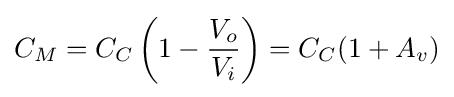
C_{M}=C_{C}\left(1-{\frac {V_{o}}{V_{i}}}\right)=C_{C}(1+A_{v})